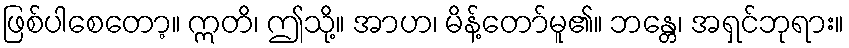
ဖြစ်ပါစေတော့။ ဣတိ၊ ဤသို့။ အာဟ၊ မိန့်တော်မူ၏။ ဘန္တေ၊ အရှင်ဘုရား။